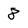
Character: 8